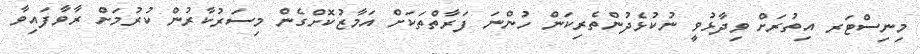
މިނިސްޓަރ އިތުރަށް ވިދާޅުވީ ނުކުޅެދުންތެރިކަން ހުންނަ ފަރާތްތަކަށް އަމާޒުކޮށްގެން މިސަރުކާރުން ކުރުމަށް ރާވާފައިވާ